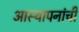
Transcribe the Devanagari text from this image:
आस्थापनांची